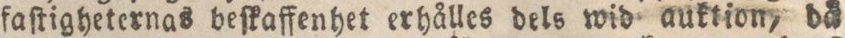
faſtigheternas beſkaffenhet erhålles dels wid auktion, då